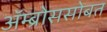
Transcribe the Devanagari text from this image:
ॲम्ब्रोससोबत